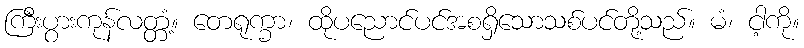
ကြီးပွားကုန်လတ္တံ့။ တေရုက္ခာ၊ ထိုပညောင်ပင်အစရှိသောသစ်ပင်တို့သည်။ မံ၊ ငါ့ကို။